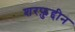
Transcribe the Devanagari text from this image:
शरफ़ुद्दीन